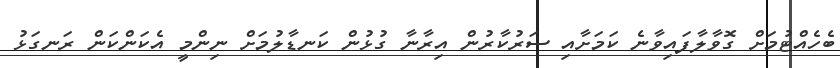
ބެހެއްޓުމަށް ގޮވާލާފައިވާނެ ކަމަށާއި ސަރުކާރުން އިރާނާ ގުޅުން ކަނޑާލުމަށް ނިންމީ އެކަންކަން ރަނގަޅު